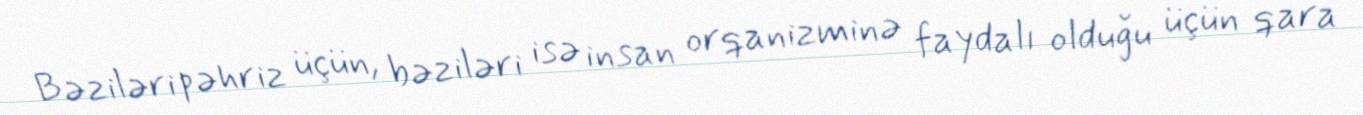
Bəziləri pəhriz üçün, bəziləri isə insan orqanizminə faydalı olduğu üçün qara